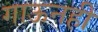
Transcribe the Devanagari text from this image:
गाऊनही